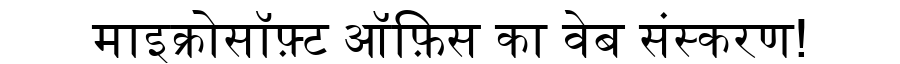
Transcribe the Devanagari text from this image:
माइक्रोसॉफ़्ट ऑफ़िस का वेब संस्करण!